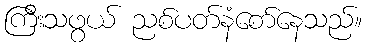
ကြီးသဖွယ် ညစ်ပတ်နံစော်နေသည်။